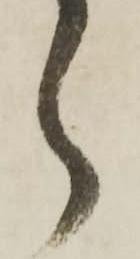
ら